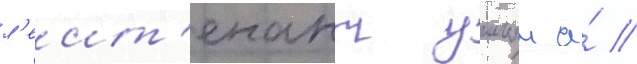
л'еит'енант уильям а́ //